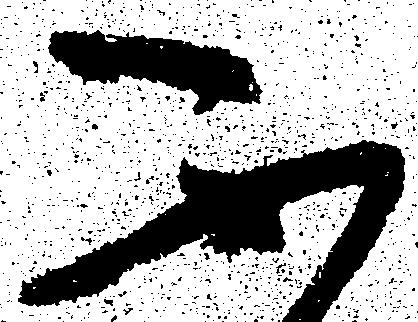
不